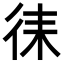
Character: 𭛧